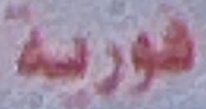
فورية